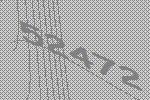
52472